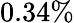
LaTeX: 0.34\%